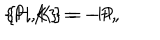
LaTeX: \{ \mathrm { P } , \mathrm { K } \} = - \mathrm { H } , \hspace { 5 m m } \{ \mathrm { H } , \mathrm { K } \} = - \mathrm { P } ,